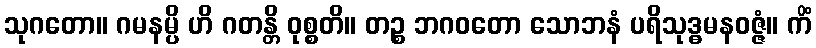
သုဂတော။ ဂမနမ္ပိ ဟိ ဂတန္တိ ဝုစ္စတိ။ တဉ္စ ဘဂဝတော သောဘနံ ပရိသုဒ္ဓမနဝဇ္ဇံ။ ကိံ